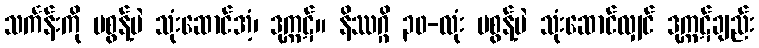
သင်္ကန်းကို မစွန့်ပဲ သုံးဆောင်အံ့၊ ဒုက္ကဋ်။ နိဿဂ္ဂိ ၃၀-လုံး မစွန့်ပဲ သုံးဆောင်လျှင် ဒုက္ကဋ်ချည်း